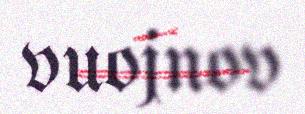
vuojnov